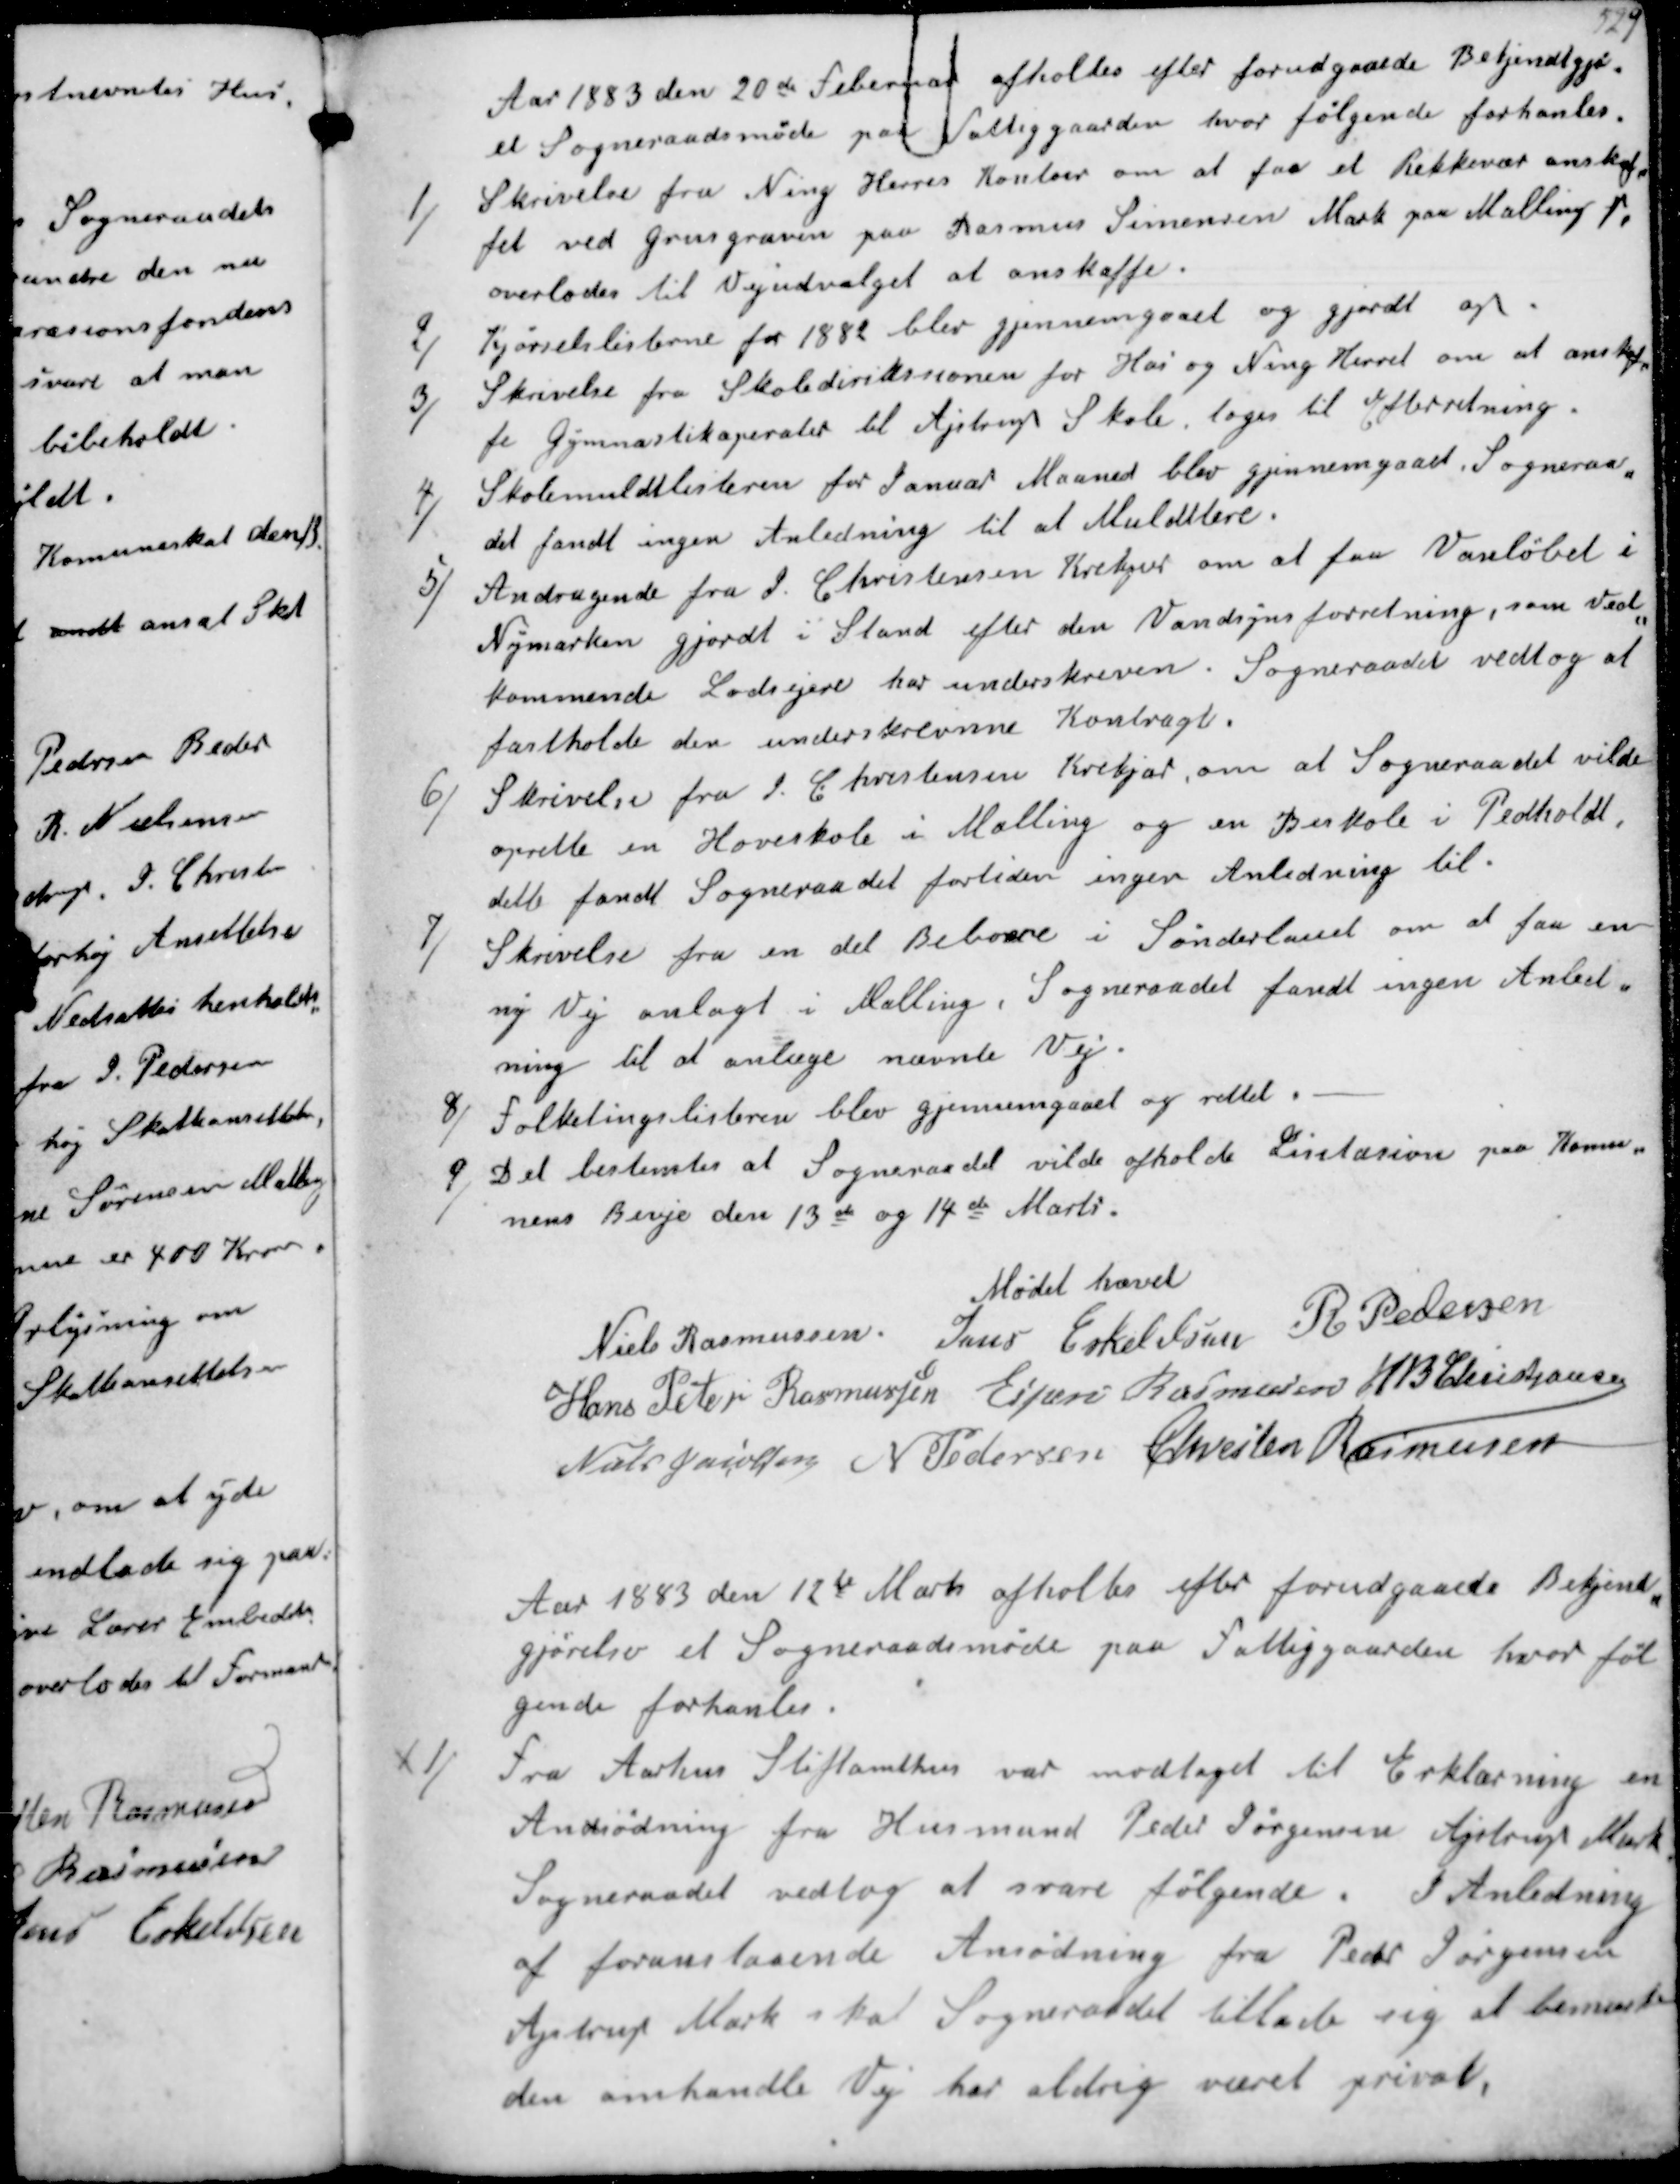
Transskription:
Aar 1883 den 20de Februar afholdes efter forudgaaede Bekjendtgjø
et Sogneraadsmøde paa fattiggaarden hvor følgende forhandles.
1/
Skrivelse fra Ning Herres Kontor om at faa et Rekkevær anskaf-
fet ved grusgraven paa Rasmus Simonsens Mark paa Malling ₻
overlades til Vejudvalget at anskaffe.
2/
Kjørselslisterne for 1882 blev gjennemgaaet og gjordt op.
3/
Skrivelse fra Skoledirikssionen for Hads og Ning Herred om at anskaf-
fe gymnastikaperater til Ajstrup Skole. tages til Efterretning.
4/
Skolemuldtlisteren for Januar Maaned blev gjennemgaaet. Sogneraa
det fandt ingen Anledning til at Muldttere.
5/
Andragende fra J. Christensen Krekjær om at faa Vandløbet i 
Nymarken gjordt i Stand efter den Vandsynsforretning, som Ved
kommende Lodsejere har underskreven. Sogneraadet vedtog at
fastholde den underskrevne Kontragt. 
6/
Skrivelse fra J. Christensen Krekjær, om at Sogneraadet vilde
oprette en Hovedskole i Malling og en Biskole i Pedholdt.
dette fandt Sogneraadet fortiden ingen Anledning til.
7/
Skrivelse fra en del Beboere i Sønderlauet om at faa en
ny Vej anlagt i Malling, Sogneraadet fandt ingen Anled-
ning til at anlæge nævnte Vej.
8/
Folketingslisterne blev gjennemgaaet og rettet.
9/
Det bestemtes at Sogneraadet vilde afholde Lisitation paa Kommu-
nens Biveje den 13de og 14de Marts.

Mødet hævet
Niels Rasmussen
Jens Eskildsen
 R Pedersen
Hans Peter Rasmussen
Espen Rasmussen
H B Christjansen
Niels Jakobsen
N Pedersen
Chresten Rasmussen

Aar 1883 den 12te Marts afholdes efter forudgaaede Bekjendt-
gjørelse et Sogneraadsmøde paa fattiggaarden hvor føl-
gende forhanles.
1/
Fra Aarhus Stiftamthus var modtaget til Erklæring en
Ansødning fra Husmand Peder Jørgensen Ajstrup Mark.
Sogneraadet vedtog at svare følgende. I Anledning
af foranstaaende Ansødning fra Peder Jørgensen
Ajstrup Mark skal Sogneraadet tillade sig at bemærke
den omhandle Vej har aldrig været privat.